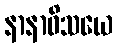
နာနာဝိသယေ